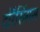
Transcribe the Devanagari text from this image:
दोरैसिंगम